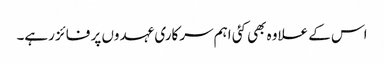
اس کے علاوہ بھی کئی اہم سرکاری عہدوں پر فائز رہے۔